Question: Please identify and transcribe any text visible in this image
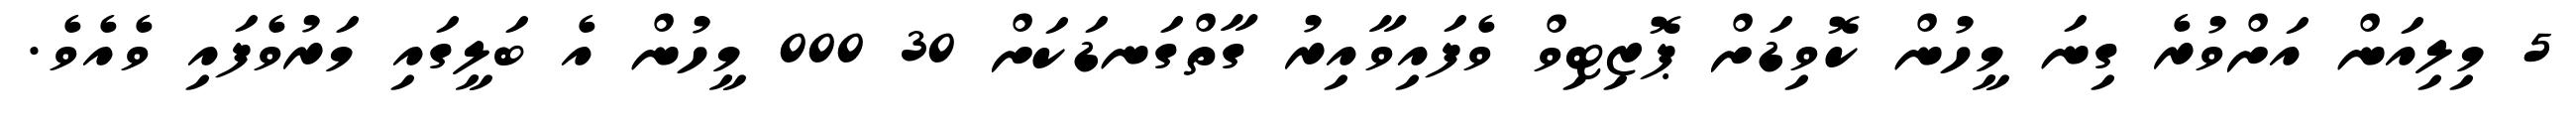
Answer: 5 މިލިއަން އަށްވުރެ ގިނަ މީހުން ކޮވިޑަށް ޕޮޒިޓިވް ވެފައިވާއިރު ގާތްގަނޑަކަށް 30 000 މީހުން އެ ބަލީގައި މަރުވެފައި ވެއެވެ.